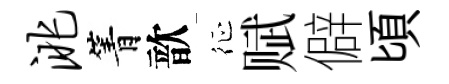
洮箐歆征赋僻頃